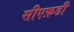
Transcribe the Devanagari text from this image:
सीएफ़डी